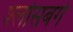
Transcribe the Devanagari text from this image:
श्लोसबर्ग